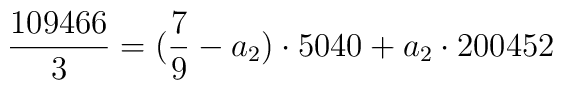
\frac{109466}{3}= (\frac{7}{9}-a_{2})\cdot5040+a_{2}\cdot200452